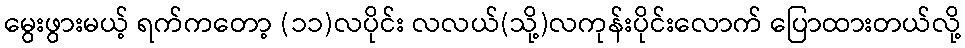
မွေးဖွားမယ့် ရက်ကတော့ (၁၁)လပိုင်း လလယ်(သို့)လကုန်းပိုင်းလောက် ပြောထားတယ်လို့